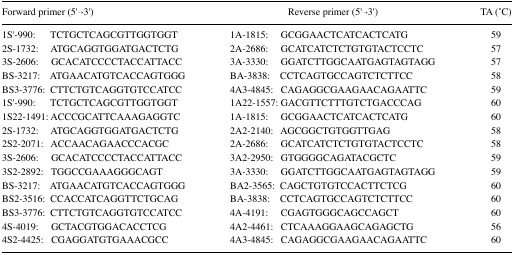
<table><thead><tr><td colspan="2"><b>Forward primer (5′→3′)</b></td><td colspan="2"><b>Reverse primer (5′→3′)</b></td><td><b>TA (°C)</b></td></tr></thead><tbody><tr><td>1S′-990:</td><td>TCTGCTCAGCGTTGGTGGT</td><td>1A-1815:</td><td>GCGGAACTCATCACTCATG</td><td>59</td></tr><tr><td>2S-1732:</td><td>ATGCAGGTGGATGACTCTG</td><td>2A-2686:</td><td>GCATCATCTCTGTGTACTCCTC</td><td>57</td></tr><tr><td>3S-2606:</td><td>GCACATCCCCTACCATTACC</td><td>3A-3330:</td><td>GGATCTTGGCAATGAGTAGTAGG</td><td>57</td></tr><tr><td>BS-3217:</td><td>ATGAACATGTCACCAGTGGG</td><td>BA-3838:</td><td>CCTCAGTGCCAGTCTCTTCC</td><td>58</td></tr><tr><td>BS3-3776:</td><td>CTTCTGTCAGGTGTCCATCC</td><td>4A3-4845:</td><td>CAGAGGCGAAGAACAGAATTC</td><td>59</td></tr><tr><td>1S′-990:</td><td>TCTGCTCAGCGTTGGTGGT</td><td>1A22-1557:</td><td>GACGTTCTTTGTCTGACCCAG</td><td>60</td></tr><tr><td>1S22-1491:</td><td>ACCCGCATTCAAAGAGGTC</td><td>1A-1815:</td><td>GCGGAACTCATCACTCATG</td><td>60</td></tr><tr><td>2S-1732:</td><td>ATGCAGGTGGATGACTCTG</td><td>2A2-2140:</td><td>AGCGGCTGTGGTTGAG</td><td>58</td></tr><tr><td>2S2-2071:</td><td>ACCAACAGAACCCACGC</td><td>2A-2686:</td><td>GCATCATCTCTGTGTACTCCTC</td><td>58</td></tr><tr><td>3S-2606:</td><td>GCACATCCCCTACCATTACC</td><td>3A2-2950:</td><td>GTGGGGCAGATACGCTC</td><td>59</td></tr><tr><td>3S2-2892:</td><td>TGGCCGAAAGGGCAGT</td><td>3A-3330:</td><td>GGATCTTGGCAATGAGTAGTAGG</td><td>59</td></tr><tr><td>BS-3217:</td><td>ATGAACATGTCACCAGTGGG</td><td>BA2-3565:</td><td>CAGCTGTGTCCACTTCTCG</td><td>60</td></tr><tr><td>BS2-3516:</td><td>CCACCATCAGGTTCTGCAG</td><td>BA-3838:</td><td>CCTCAGTGCCAGTCTCTTCC</td><td>60</td></tr><tr><td>BS3-3776:</td><td>CTTCTGTCAGGTGTCCATCC</td><td>4A-4191:</td><td>CGAGTGGGCAGCCAGCT</td><td>60</td></tr><tr><td>4S-4019:</td><td>GCTACGTGGACACCTCG</td><td>4A2-4461:</td><td>CTCAAAGGAAGCAGAGCTG</td><td>56</td></tr><tr><td>4S2-4425:</td><td>CGAGGATGTGAAACGCC</td><td>4A3-4845:</td><td>CAGAGGCGAAGAACAGAATTC</td><td>60</td></tr></tbody></table>